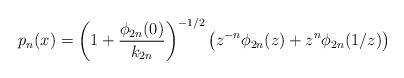
LaTeX: \begin{align*}p_n(x)=\left(1+\frac{\phi_{2n}(0)}{k_{2n}}\right)^{-1/2}\left(z^{-n}\phi_{2n}(z)+z^n\phi_{2n}(1/z)\right)\end{align*}